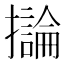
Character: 𫾗